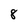
Character: 8